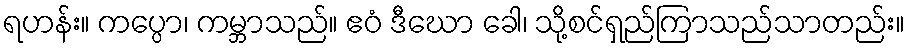
ရဟန်း။ ကပ္ပော၊ ကမ္ဘာသည်။ ဧဝံ ဒီဃော ခေါ၊ သို့စင်ရှည်ကြာသည်သာတည်း။